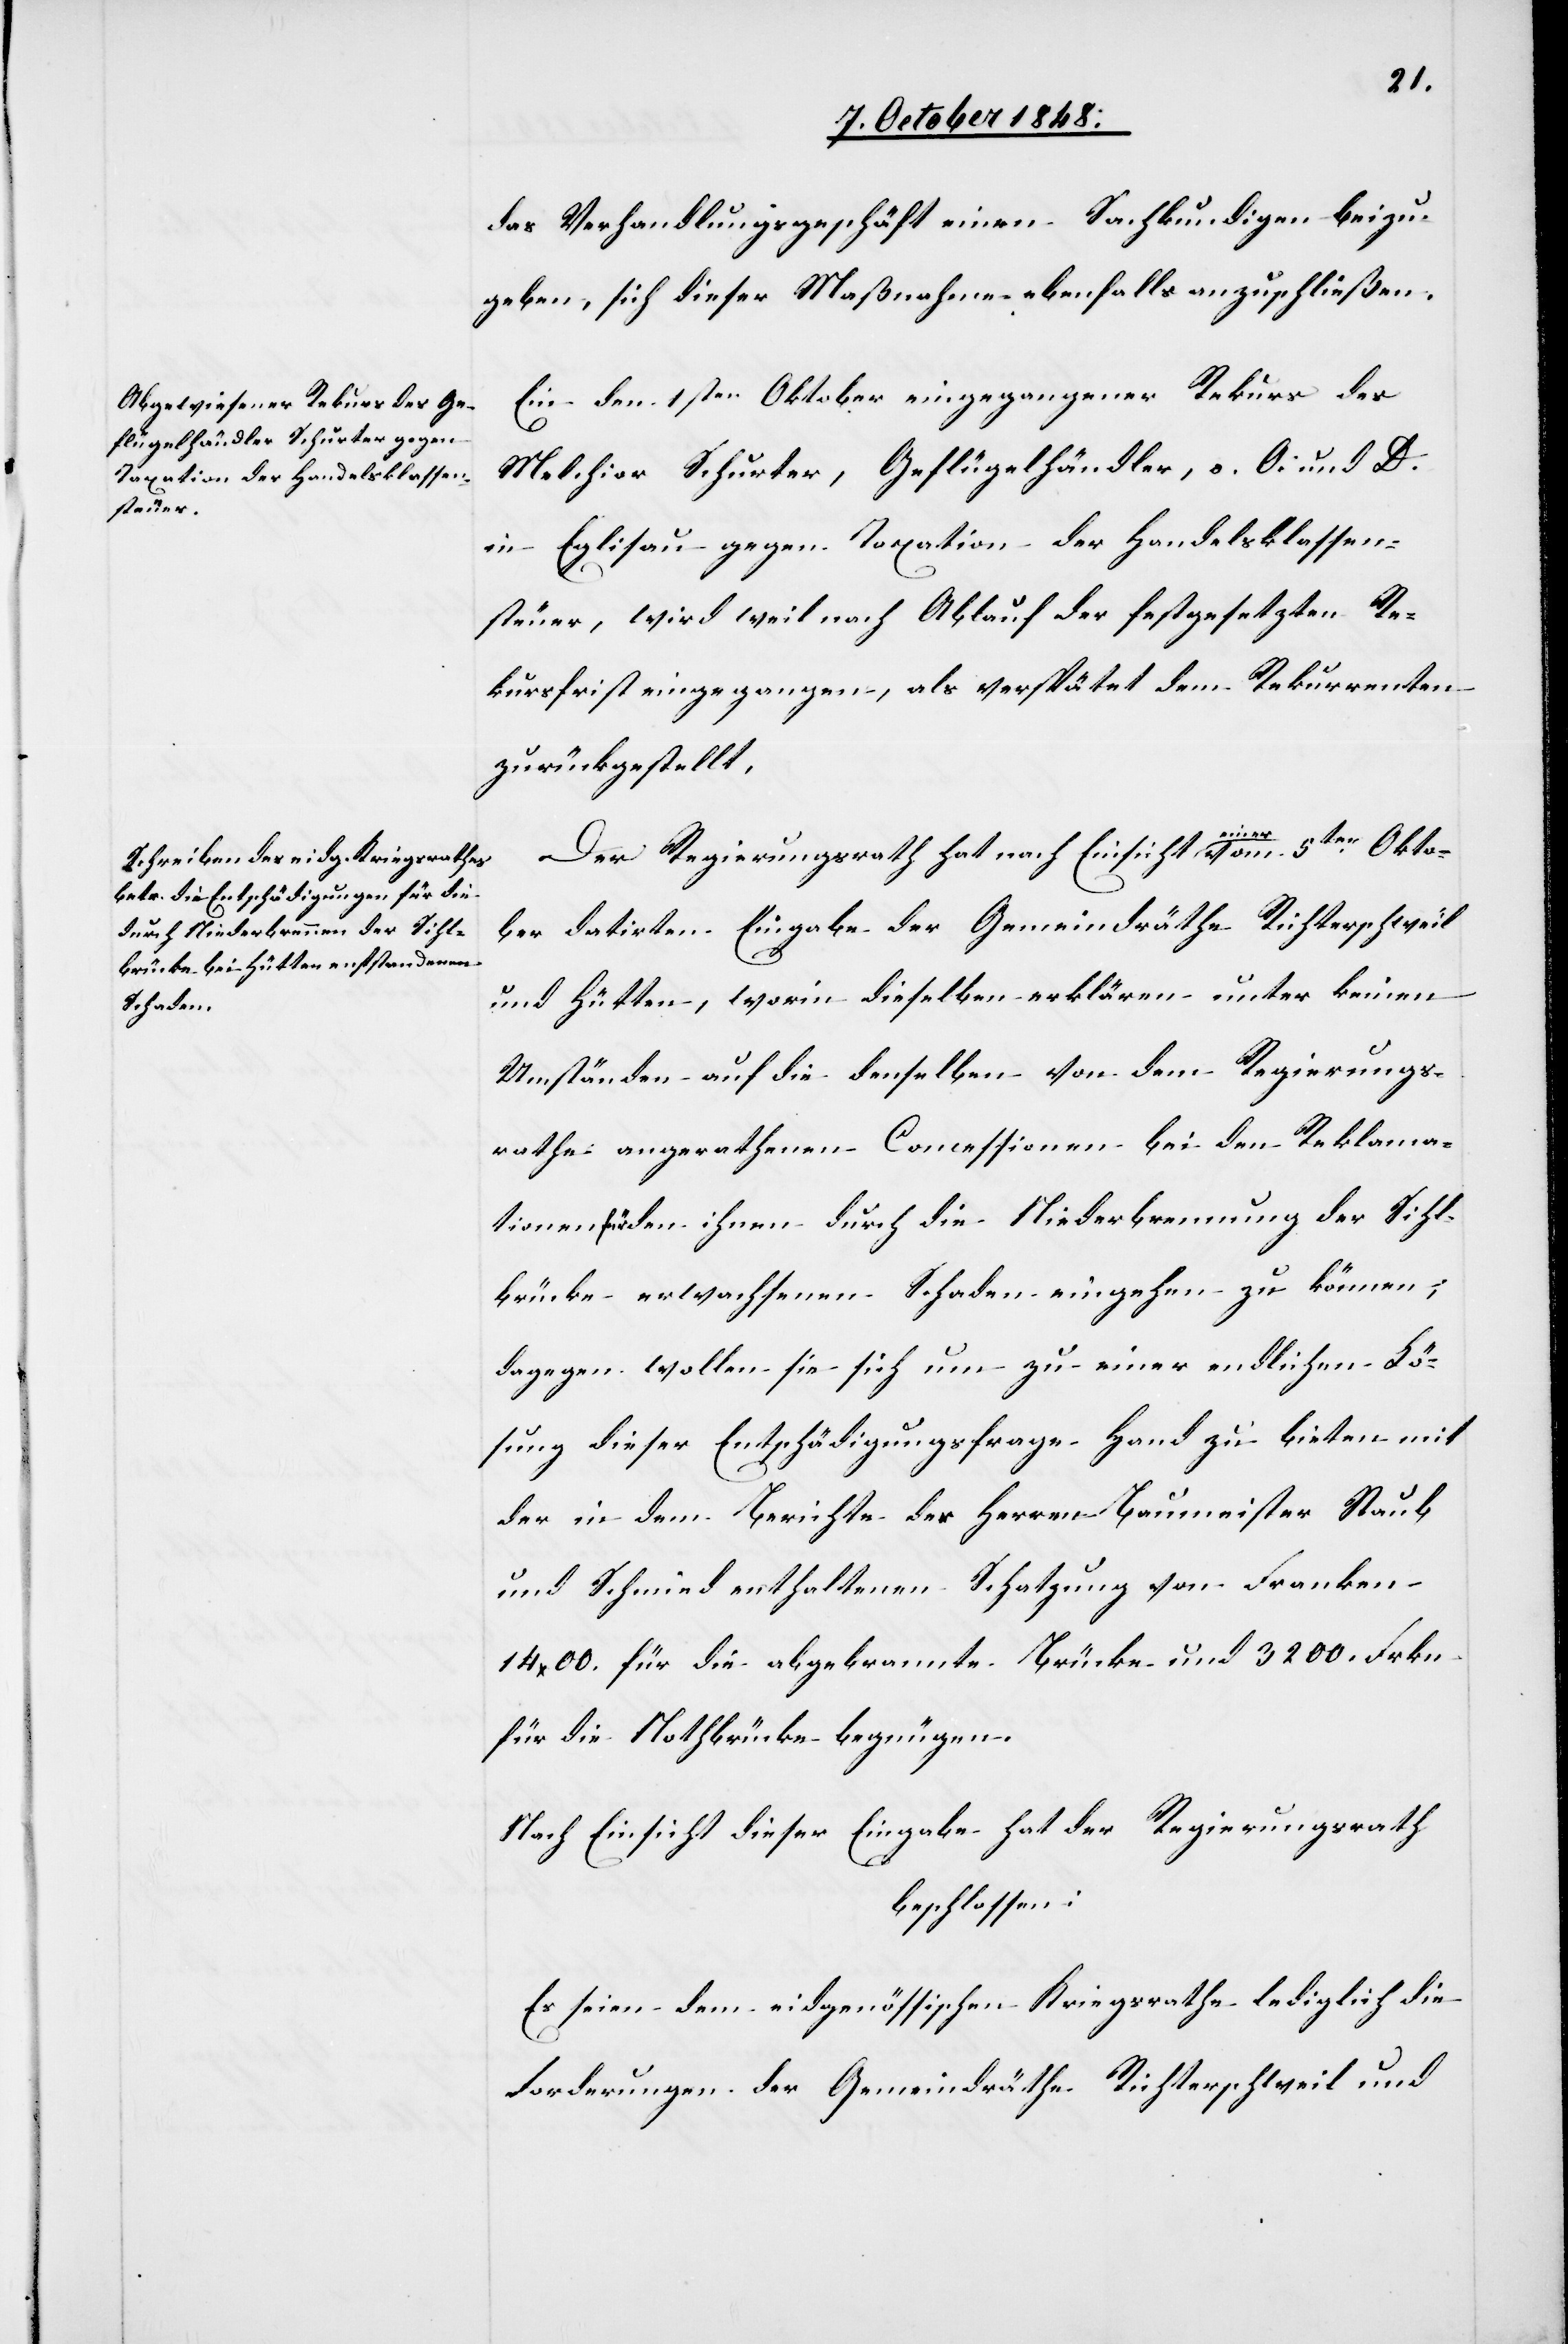
das Verhandlungsgeschäft einen Sachkundigen beizu¬
geben, sich dieser Maßnahme ebenfalls anzuschließen.
Ein den 1sten Oktober eingegangener Rekurs des
Melchior Schurter, Geflügelhändler, o. O. und D.
in Eglisau gegen Taxation der Handelsklassen¬
steuer, wird weil nach Ablauf der festgesetzten Re¬
kursfrist eingegangen, als verspätet dem Rekurrenten
zurückgestellt.
Der Regierungsrath hat nach Einsicht einer vom 5ten Okto¬
ber datirten Eingabe der Gemeindräthe Richterschweil
und Hütten, worin dieselben erklären unter keinen
Umständen auf die denselben von dem Regierungs¬
rathe angerathenen Concessionen bei den Reklama¬
tionen für den ihnen durch die Niederbrennung der Sihl¬
brücke erwachsenen Schaden eingehen zu können;
dagegen wollen sie sich um zu einer endlichen Lö¬
sung dieser Entschädigungsfrage Hand zu bieten mit
der in dem Berichte der Herren Baumeister Staub
und Schmied enthaltenen Schatzung von Franken
1400. für die abgebrannte Brücke und 3200. Frkn.
für die Nothbrücke begnügen.
Nach Einsicht dieser Eingabe hat der Regierungsrath
beschlossen:
Es seien dem eidgenössischen Kriegsrathe lediglich die
Forderungen der Gemeindräthe Richterschweil und